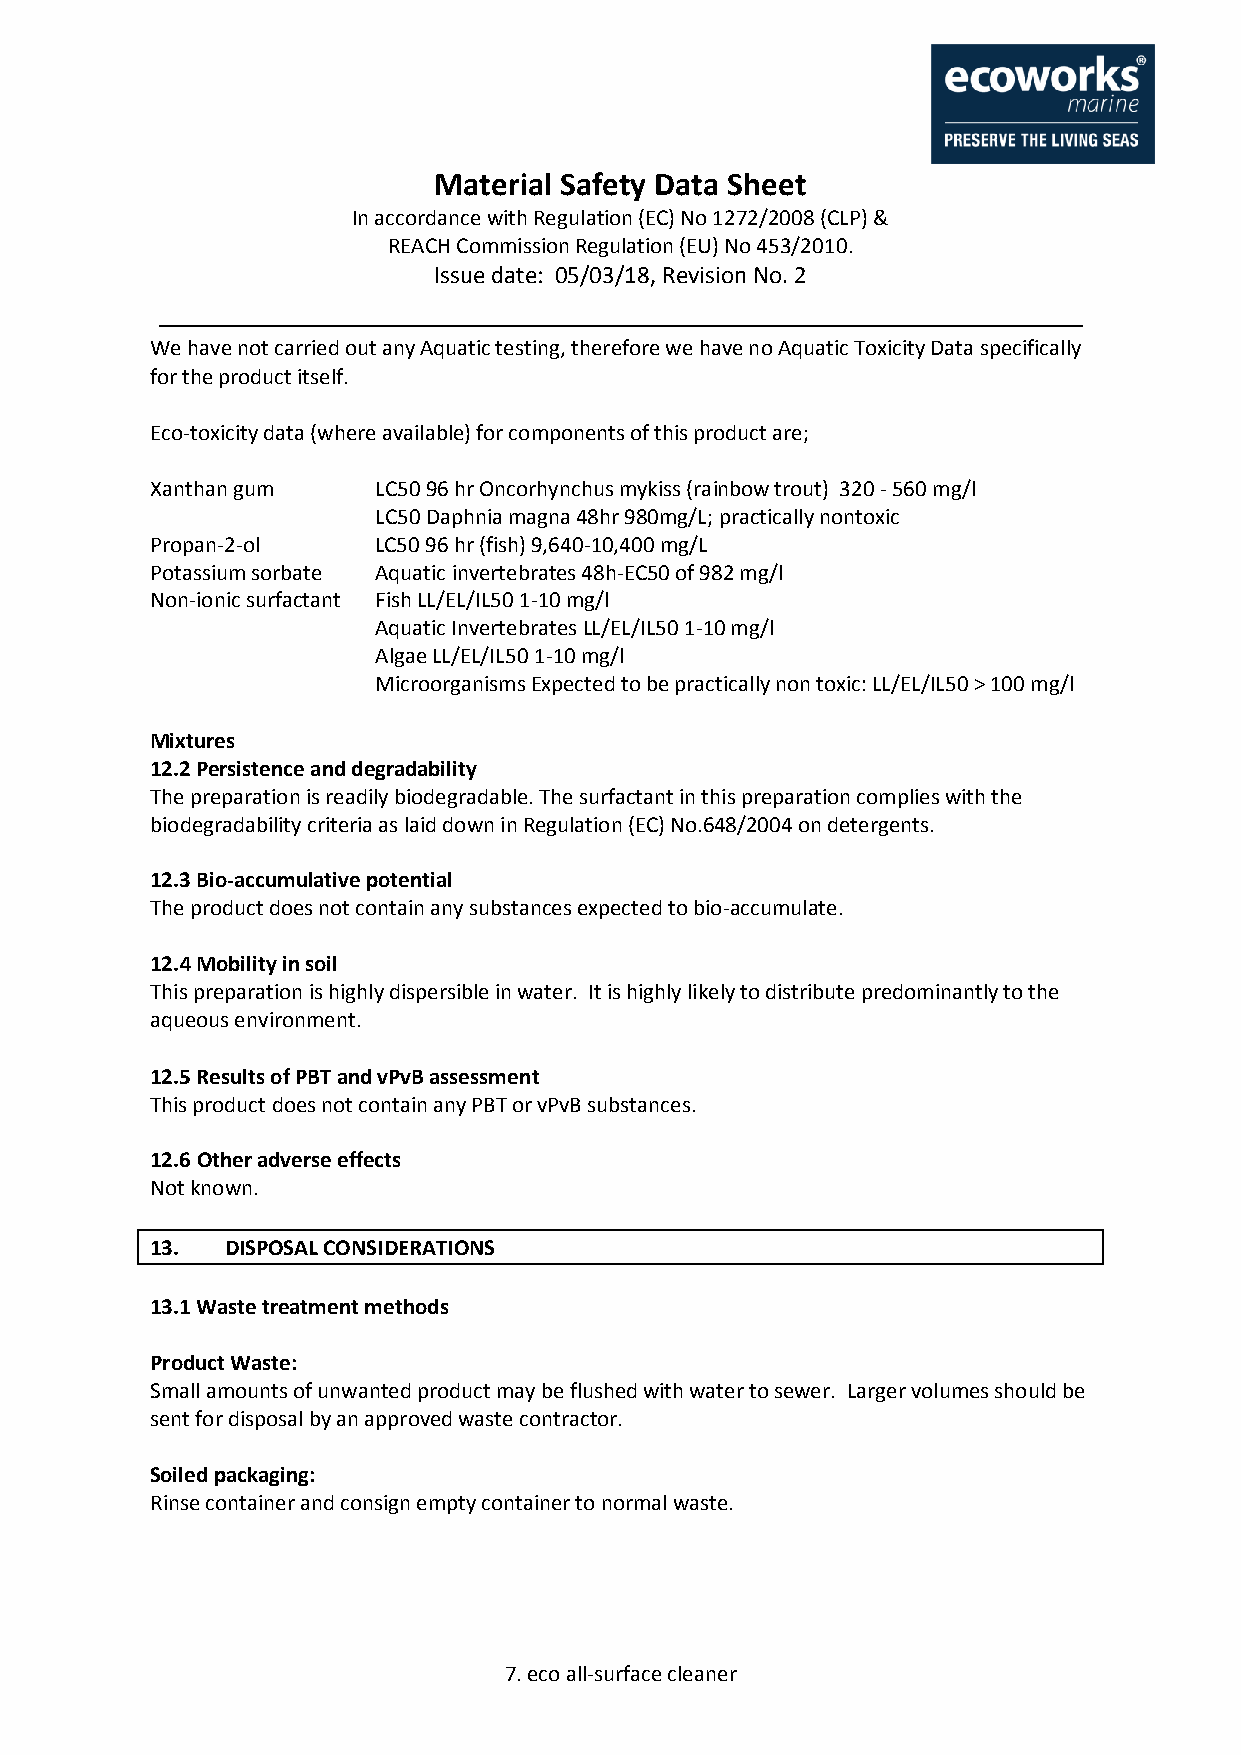
Material Safety Data Sheet
 In accordance with Regulation (EC) No 1272/2008 (CLP) &
 REACH Commission Regulation (EU) No 453/2010.
 Issue date: 05/03/18, Revision No. 2
 We have not carried out any Aquatic testing, therefore we have no Aquatic Toxicity Data specifically
 for the product itself.
 Eco-toxicity data (where available) for components of this product are;
 Xanthan gum    LC50 96 hr Oncorhynchus mykiss (rainbow trout) 320 - 560 mg/l
 LC50 Daphnia magna 48hr 980mg/L; practically nontoxic
 Propan-2-ol    LC50 96 hr (fish) 9,640-10,400 mg/L
 Potassium sorbate Aquatic invertebrates 48h-EC50 of 982 mg/l
 Non-ionic surfactant Fish LL/EL/IL50 1-10 mg/l
 Aquatic Invertebrates LL/EL/IL50 1-10 mg/l
 Algae LL/EL/IL50 1-10 mg/l
 Microorganisms Expected to be practically non toxic: LL/EL/IL50 > 100 mg/l
 Mixtures
 12.2 Persistence and degradability
 The preparation is readily biodegradable. The surfactant in this preparation complies with the
 biodegradability criteria as laid down in Regulation (EC) No.648/2004 on detergents.
 12.3 Bio-accumulative potential
 The product does not contain any substances expected to bio-accumulate.
 12.4 Mobility in soil
 This preparation is highly dispersible in water. It is highly likely to distribute predominantly to the
 aqueous environment.
 12.5 Results of PBT and vPvB assessment
 This product does not contain any PBT or vPvB substances.
 12.6 Other adverse effects
 Not known.
 13.  DISPOSAL CONSIDERATIONS
 13.1 Waste treatment methods
 Product Waste:
 Small amounts of unwanted product may be flushed with water to sewer. Larger volumes should be
 sent for disposal by an approved waste contractor.
 Soiled packaging:
 Rinse container and consign empty container to normal waste.
 7. eco all-surface cleaner